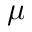
\mu